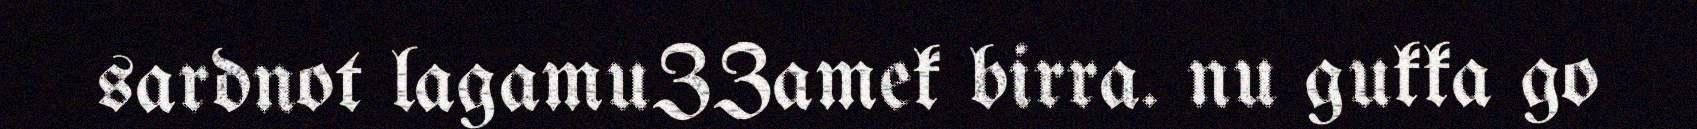
sardnot lagamuZZamek birra. nu gukka go